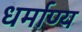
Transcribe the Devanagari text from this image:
धर्माण्य